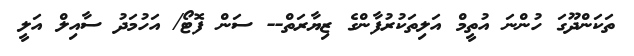
ތަކަންދޫގަ ހުންނަ އުތީމް އަލިތަކުރުފާންގެ ޒިޔާރަތް-- ސަން ފޮޓޯ/ އަހުމަދު ސާއިލް އަލީ